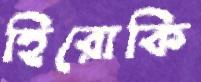
হিরোকি